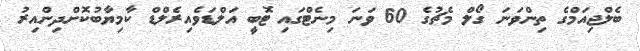
ބެލްޖިއަމްގެ ތިންވަނަ ގޯލް މެޗުގެ 60 ވަނަ މިނެޓްގައި ޓޮބީ އަލްޑަވެއިރެލްޑް ކާމިޔާބުކޮށްދިންއިރު